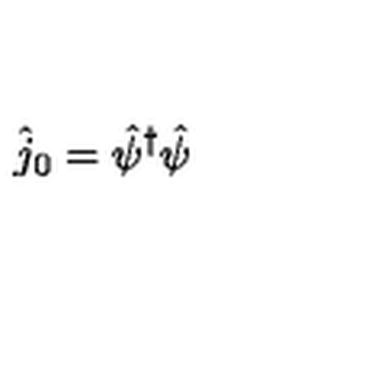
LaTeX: \hat { j } _ { 0 } = \hat { \psi } ^ { \dagger } \hat { \psi }